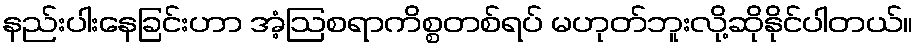
နည်းပါးနေခြင်းဟာ အံ့ဩစရာကိစ္စတစ်ရပ် မဟုတ်ဘူးလို့ဆိုနိုင်ပါတယ်။